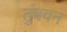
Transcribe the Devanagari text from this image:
तुंबवन